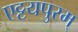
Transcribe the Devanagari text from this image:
एट्टयपुरम्